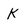
Character: K